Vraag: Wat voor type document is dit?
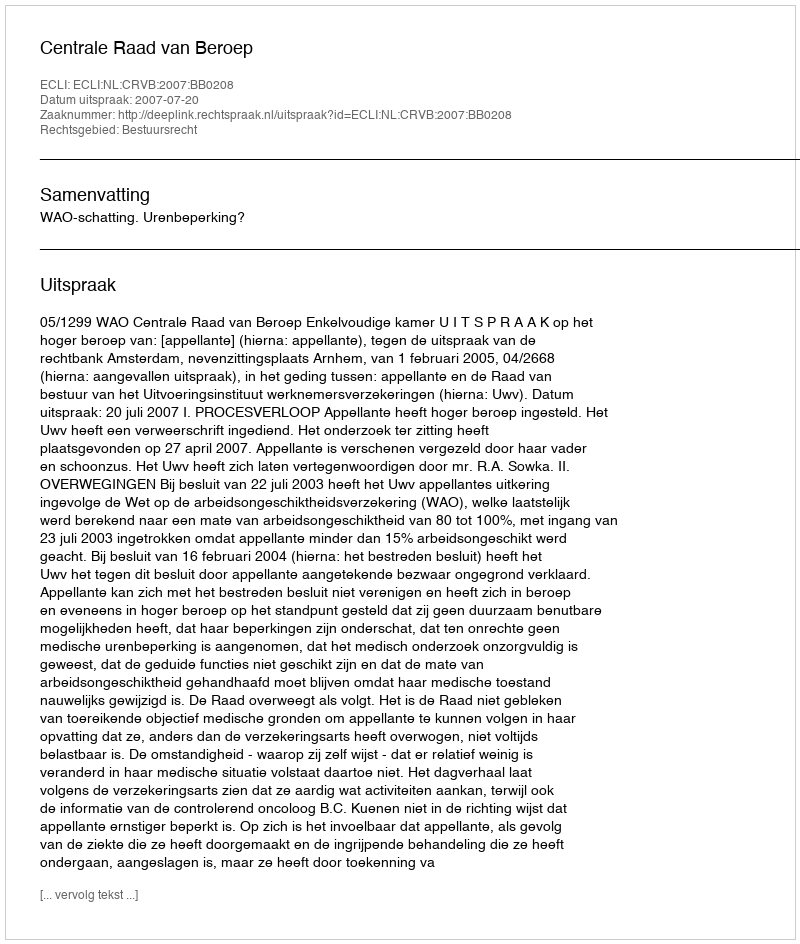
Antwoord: Uitspraak